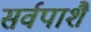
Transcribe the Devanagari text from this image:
सर्वपाशै